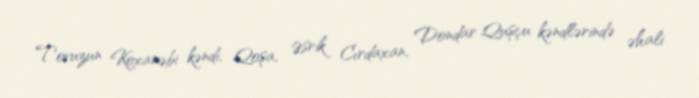
Tovuzun Koxanəbi kəndi, Qoşa, Əsrik Cırdaxan, Dondar Quşçu kəndlərində əhali